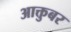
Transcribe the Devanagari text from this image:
आक्तुबर